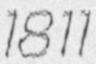
1811